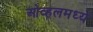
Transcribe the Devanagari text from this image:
ओव्हलमध्ये